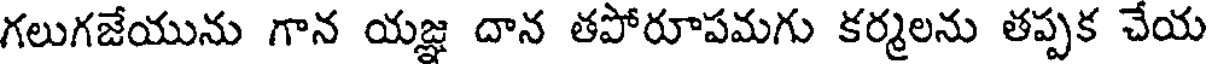
గలుగజేయును గాన యజ్ఞ దాన తపోరూపమగు కర్మలను తప్పక చేయ